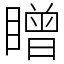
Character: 䁬